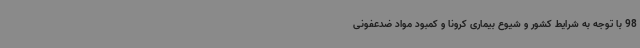
98 با توجه به شرایط کشور و شیوع بیماری کرونا و کمبود مواد ضدعفونی